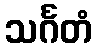
သင်္ဂတံ